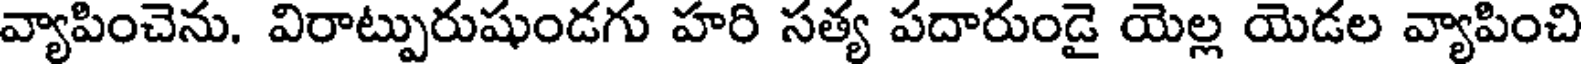
వ్యాపించెను. విరాట్పురుషుండగు హరి సత్య పదారుండై యెల్ల యెడల వ్యాపించి